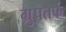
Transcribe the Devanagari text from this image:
ग्रुपतर्फ